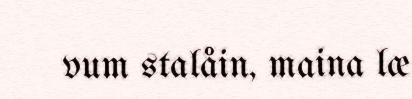
vum stalåin, maina læ